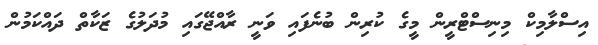
އިސްލާމިކް މިނިސްޓްރީން މީގެ ކުރިން ބުނެފައި ވަނީ ރާއްޖޭގައި މުދަލުގެ ޒަކާތް ދައްކަމުން